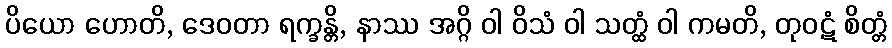
ပိယော ဟောတိ, ဒေဝတာ ရက္ခန္တိ, နာဿ အဂ္ဂိ ဝါ ဝိသံ ဝါ သတ္ထံ ဝါ ကမတိ, တုဝဋံ စိတ္တံ